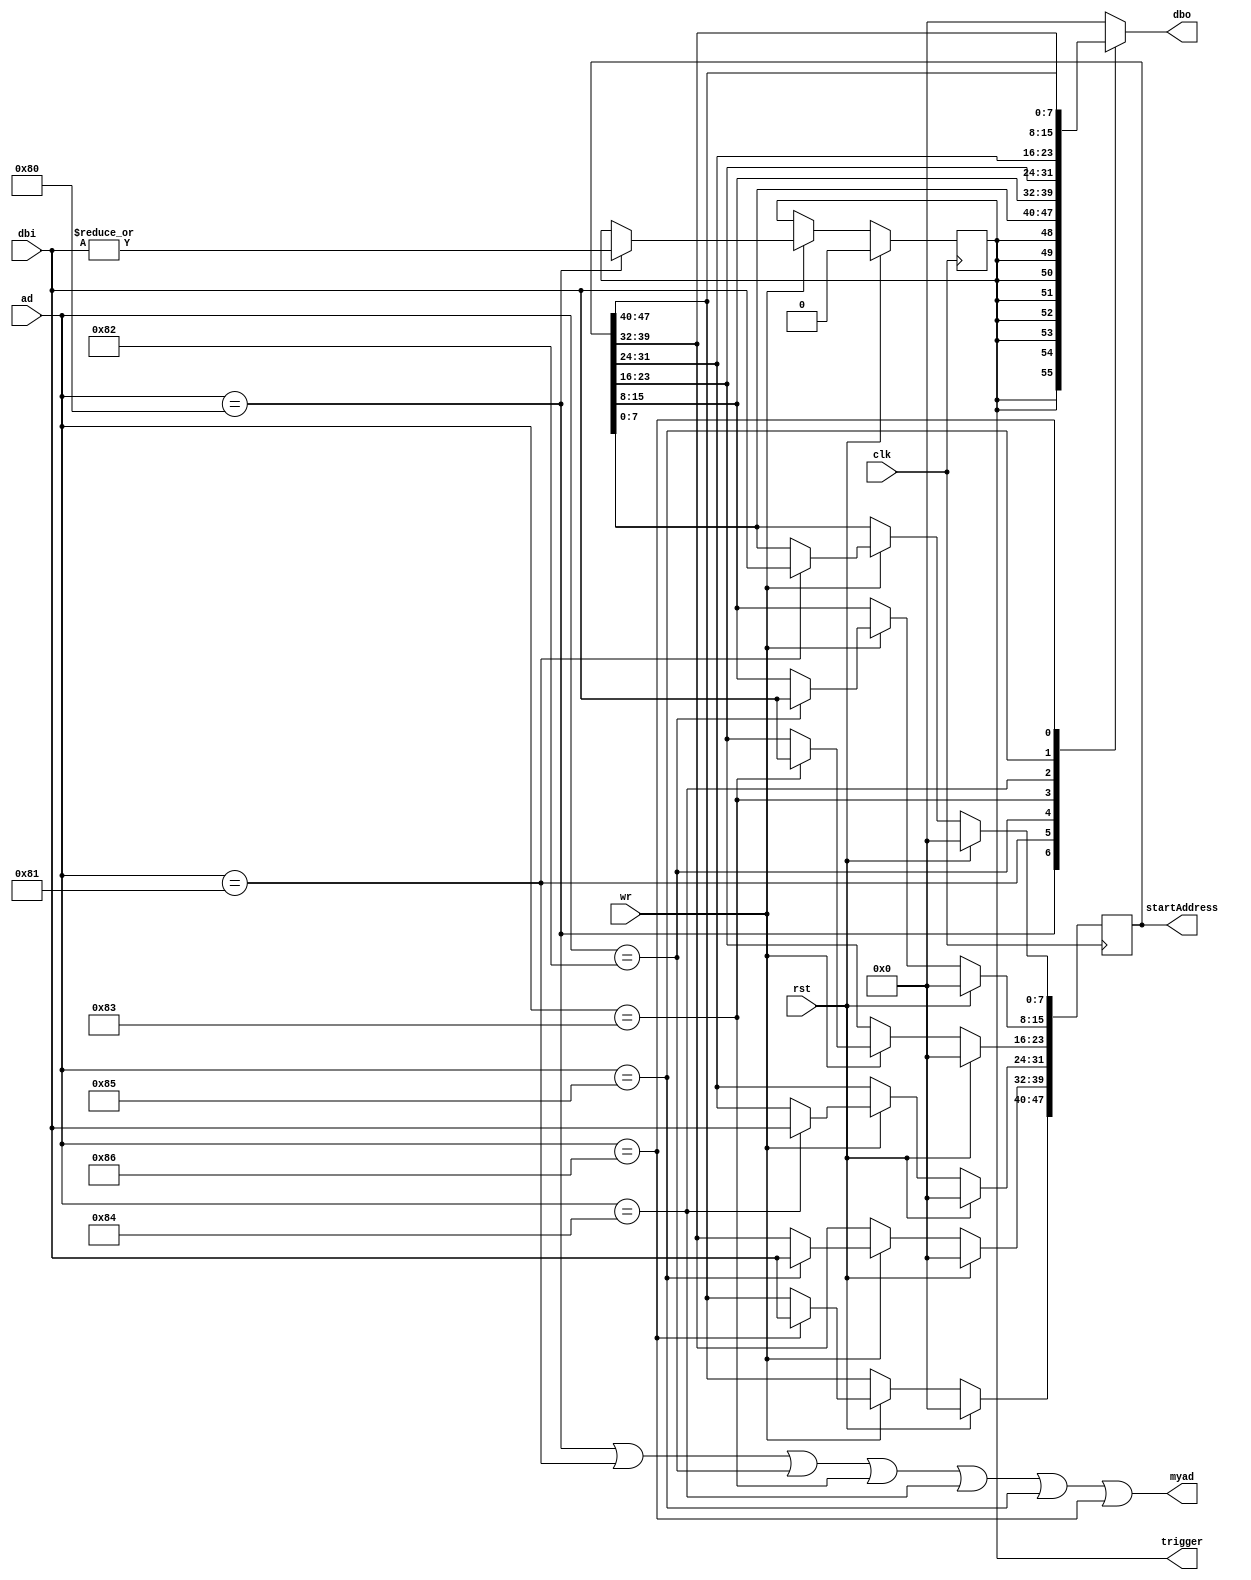
module EppStartAddress(rst, clk, wr, ad, dbi, dbo, myad, trigger, startAddress);
input rst;
input clk;
input wr;
input [7:0] ad;
input [7:0] dbi;
output [7:0] dbo;
reg [7:0] dbo;
output myad;
output trigger;
output [47:0] startAddress;
reg [47:0] startAddress;

reg loadedBit;
assign trigger = loadedBit;

always @(posedge clk)
if (rst) begin
	loadedBit <= 1'b0;
	startAddress <= 48'd0;
end
else begin
	if (wr) begin
		case (ad)
		8'h80:	loadedBit <= |dbi;
		8'h81:	startAddress[ 7: 0] <= dbi;
		8'h82:	startAddress[15: 8] <= dbi;
		8'h83:	startAddress[23:16] <= dbi;
		8'h84:	startAddress[31:24] <= dbi;
		8'h85:	startAddress[39:32] <= dbi;
		8'h86:	startAddress[47:40] <= dbi;
		endcase
	end
end

wire myad =
	ad==8'h80 ||
	ad==8'h81 ||
	ad==8'h82 ||
	ad==8'h83 ||
	ad==8'h84 ||
	ad==8'h85 ||
	ad==8'h86
	;
always @(ad or loadedBit or startAddress)
	case (ad)
	8'h80:	dbo <= {8{loadedBit}};
	8'h81:	dbo <= startAddress[7:0];
	8'h82:	dbo <= startAddress[15:8];
	8'h83:	dbo <= startAddress[23:16];
	8'h84:	dbo <= startAddress[31:24];
	8'h85:	dbo <= startAddress[39:32];
	8'h86:	dbo <= startAddress[47:40];
	default:	dbo <= 8'h00;
	endcase

endmodule